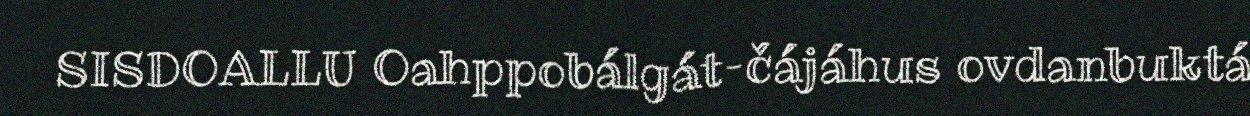
SISDOALLU Oahppobálgát–čájáhus ovdanbuktá